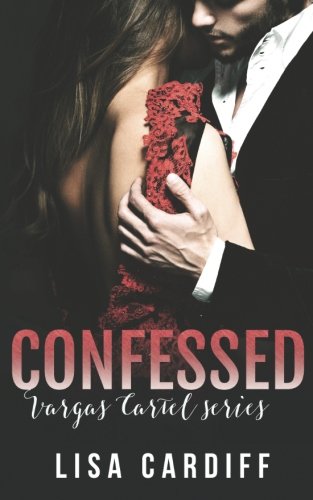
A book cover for Confessed (Vargas Cartel ) (Volume 3); Lisa Cardiff; Romance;